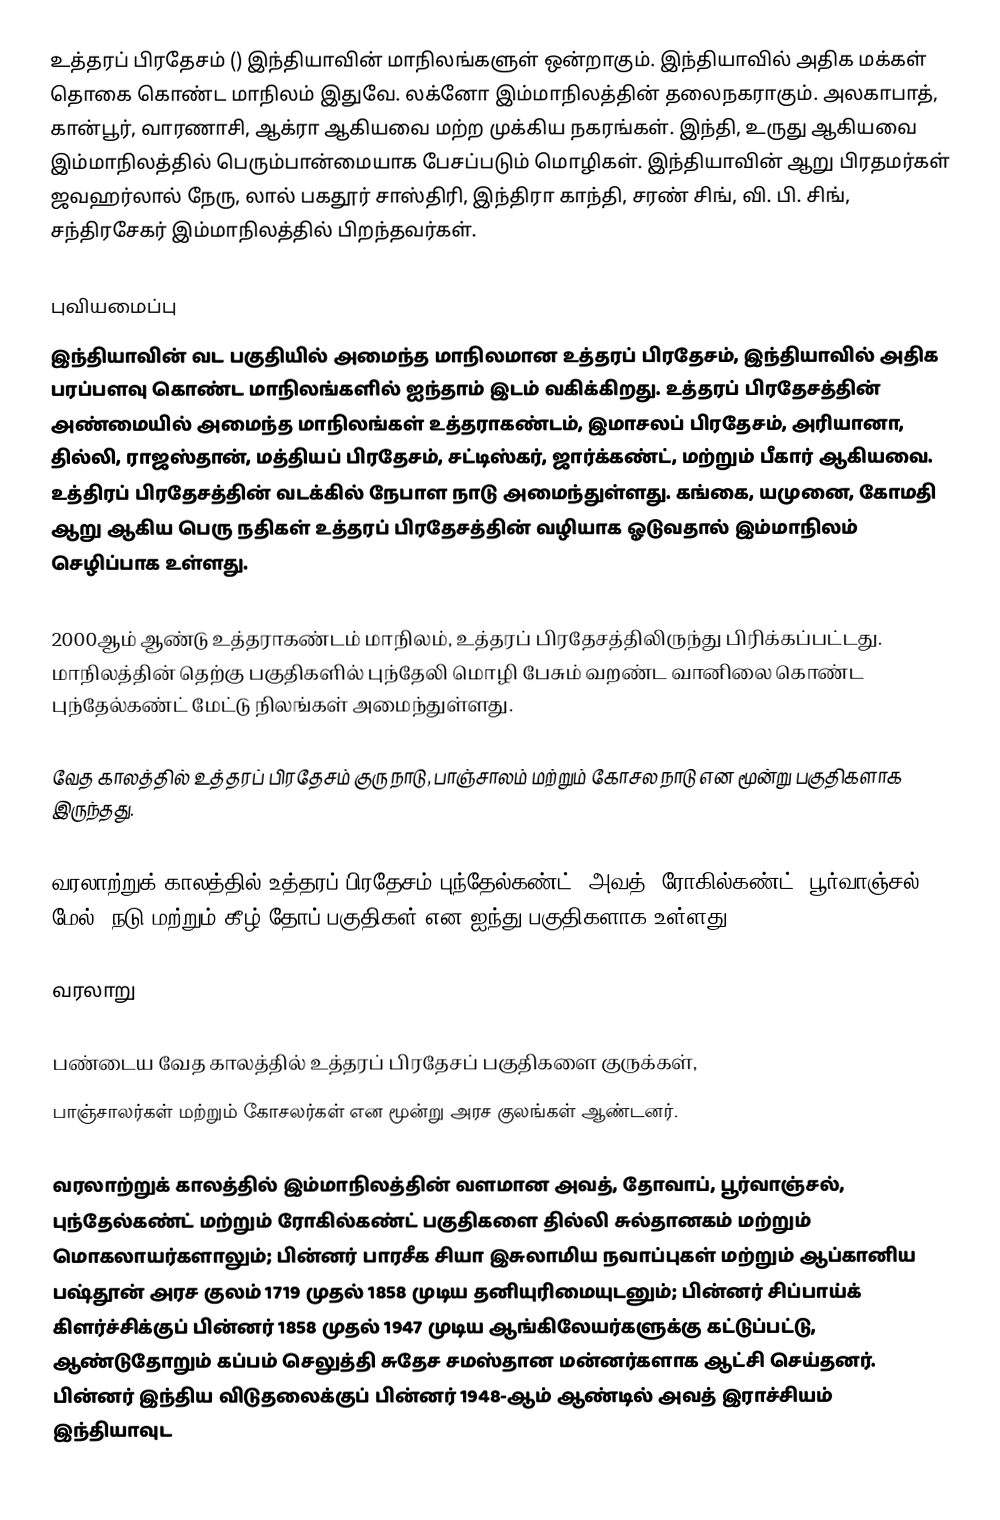
உத்தரப் பிரதேசம் () இந்தியாவின் மாநிலங்களுள் ஒன்றாகும். இந்தியாவில் அதிக மக்கள் தொகை கொண்ட மாநிலம் இதுவே. லக்னோ இம்மாநிலத்தின் தலைநகராகும். அலகாபாத், கான்பூர், வாரணாசி, ஆக்ரா ஆகியவை மற்ற முக்கிய நகரங்கள். இந்தி, உருது ஆகியவை இம்மாநிலத்தில் பெரும்பான்மையாக பேசப்படும் மொழிகள். இந்தியாவின் ஆறு பிரதமர்கள் ஜவஹர்லால் நேரு, லால் பகதூர் சாஸ்திரி, இந்திரா காந்தி, சரண் சிங், வி. பி. சிங், சந்திரசேகர் இம்மாநிலத்தில் பிறந்தவர்கள்.

புவியமைப்பு
இந்தியாவின் வட பகுதியில் அமைந்த மாநிலமான உத்தரப் பிரதேசம், இந்தியாவில் அதிக பரப்பளவு கொண்ட மாநிலங்களில் ஐந்தாம் இடம் வகிக்கிறது. உத்தரப் பிரதேசத்தின் அண்மையில் அமைந்த மாநிலங்கள் உத்தராகண்டம், இமாசலப் பிரதேசம், அரியானா, தில்லி, ராஜஸ்தான், மத்தியப் பிரதேசம், சட்டிஸ்கர், ஜார்க்கண்ட், மற்றும் பீகார் ஆகியவை. உத்திரப் பிரதேசத்தின் வடக்கில் நேபாள நாடு அமைந்துள்ளது. கங்கை, யமுனை, கோமதி ஆறு ஆகிய பெரு நதிகள் உத்தரப் பிரதேசத்தின் வழியாக ஓடுவதால் இம்மாநிலம் செழிப்பாக உள்ளது.

2000ஆம் ஆண்டு உத்தராகண்டம் மாநிலம், உத்தரப் பிரதேசத்திலிருந்து பிரிக்கப்பட்டது. மாநிலத்தின் தெற்கு பகுதிகளில் புந்தேலி மொழி பேசும் வறண்ட வானிலை கொண்ட புந்தேல்கண்ட் மேட்டு நிலங்கள் அமைந்துள்ளது.

வேத காலத்தில் உத்தரப் பிரதேசம் குரு நாடு, பாஞ்சாலம் மற்றும் கோசல நாடு என மூன்று பகுதிகளாக இருந்தது.

வரலாற்றுக் காலத்தில் உத்தரப் பிரதேசம் புந்தேல்கண்ட், அவத், ரோகில்கண்ட், பூர்வாஞ்சல் மேல், நடு மற்றும் கீழ் தோப் பகுதிகள் என ஐந்து பகுதிகளாக உள்ளது.

வரலாறு

பண்டைய வேத காலத்தில் உத்தரப் பிரதேசப் பகுதிகளை குருக்கள்,
பாஞ்சாலர்கள் மற்றும் கோசலர்கள் என மூன்று அரச குலங்கள் ஆண்டனர்.

வரலாற்றுக் காலத்தில் இம்மாநிலத்தின் வளமான அவத், தோவாப், பூர்வாஞ்சல், புந்தேல்கண்ட் மற்றும் ரோகில்கண்ட் பகுதிகளை தில்லி சுல்தானகம் மற்றும் மொகலாயர்களாலும்; பின்னர் பாரசீக சியா இசுலாமிய நவாப்புகள் மற்றும் ஆப்கானிய பஷ்தூன் அரச குலம்  1719 முதல் 1858 முடிய தனியுரிமையுடனும்; பின்னர் சிப்பாய்க் கிளர்ச்சிக்குப் பின்னர் 1858 முதல் 1947 முடிய ஆங்கிலேயர்களுக்கு கட்டுப்பட்டு, ஆண்டுதோறும் கப்பம் செலுத்தி சுதேச சமஸ்தான மன்னர்களாக  ஆட்சி செய்தனர். பின்னர் இந்திய விடுதலைக்குப் பின்னர் 1948-ஆம் ஆண்டில் அவத் இராச்சியம் இந்தியாவுட